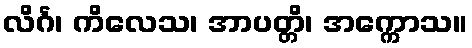
လိင်္ဂ၊ ကိလေသ၊ အာပတ္တိ၊ အက္ကောသ။